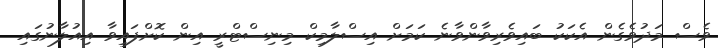
ވެސް މަދުވެގެން އެކަކު ބައިވެރިވާންވާނެ ކަމަށް އިސްލާމިކް މިނިސްޓްރީ އިން ކޮށްފައިވާ އިއުލާނުގައި